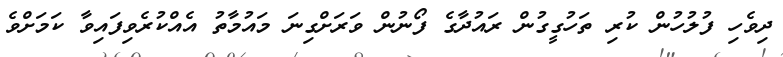
ދިވެހި ފުލުހުން ކުރި ތަހުގީގުން ރައުދާގެ ފޯނުން ވަރަށްގިނަ މައުމާތު އެއްކުރެވިފައިވާ ކަމަށްވެ